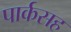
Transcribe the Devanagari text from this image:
पार्कसह